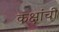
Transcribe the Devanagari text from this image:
कक्षांची